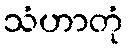
သံဟာတုံ